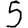
Digit: 5